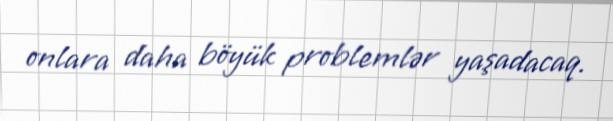
onlara daha böyük problemlər yaşadacaq.